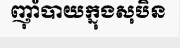
ញ៉ាំបាយក្នុងសុបិន